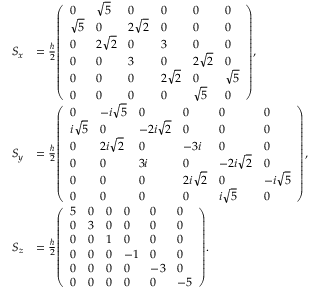
{ \begin{array} { r l } { { \boldsymbol { S } } _ { x } } & { = { \frac { \hbar } { 2 } } { \left( \begin{array} { l l l l l l } { 0 } & { { \sqrt { 5 } } } & { 0 } & { 0 } & { 0 } & { 0 } \\ { { \sqrt { 5 } } } & { 0 } & { 2 { \sqrt { 2 } } } & { 0 } & { 0 } & { 0 } \\ { 0 } & { 2 { \sqrt { 2 } } } & { 0 } & { 3 } & { 0 } & { 0 } \\ { 0 } & { 0 } & { 3 } & { 0 } & { 2 { \sqrt { 2 } } } & { 0 } \\ { 0 } & { 0 } & { 0 } & { 2 { \sqrt { 2 } } } & { 0 } & { { \sqrt { 5 } } } \\ { 0 } & { 0 } & { 0 } & { 0 } & { { \sqrt { 5 } } } & { 0 } \end{array} \right) } , } \\ { { \boldsymbol { S } } _ { y } } & { = { \frac { \hbar } { 2 } } { \left( \begin{array} { l l l l l l } { 0 } & { - i { \sqrt { 5 } } } & { 0 } & { 0 } & { 0 } & { 0 } \\ { i { \sqrt { 5 } } } & { 0 } & { - 2 i { \sqrt { 2 } } } & { 0 } & { 0 } & { 0 } \\ { 0 } & { 2 i { \sqrt { 2 } } } & { 0 } & { - 3 i } & { 0 } & { 0 } \\ { 0 } & { 0 } & { 3 i } & { 0 } & { - 2 i { \sqrt { 2 } } } & { 0 } \\ { 0 } & { 0 } & { 0 } & { 2 i { \sqrt { 2 } } } & { 0 } & { - i { \sqrt { 5 } } } \\ { 0 } & { 0 } & { 0 } & { 0 } & { i { \sqrt { 5 } } } & { 0 } \end{array} \right) } , } \\ { { \boldsymbol { S } } _ { z } } & { = { \frac { \hbar } { 2 } } { \left( \begin{array} { l l l l l l } { 5 } & { 0 } & { 0 } & { 0 } & { 0 } & { 0 } \\ { 0 } & { 3 } & { 0 } & { 0 } & { 0 } & { 0 } \\ { 0 } & { 0 } & { 1 } & { 0 } & { 0 } & { 0 } \\ { 0 } & { 0 } & { 0 } & { - 1 } & { 0 } & { 0 } \\ { 0 } & { 0 } & { 0 } & { 0 } & { - 3 } & { 0 } \\ { 0 } & { 0 } & { 0 } & { 0 } & { 0 } & { - 5 } \end{array} \right) } . } \end{array} }